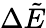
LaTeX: \Delta\tilde{E}